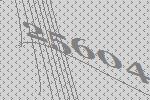
25604